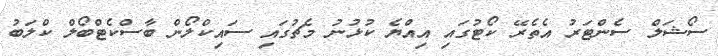
ސޯޝަލް ސެންޓަރު އެތެރޭ ކޯޓުގައި އިއްޔެ ކުޅުނު މެޗުގައި ސައިކްލޯން ބާސްކެޓްބޯލް ކްލަބު